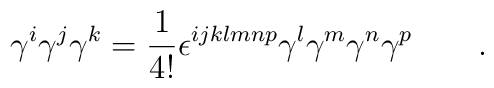
\gamma ^{i}\gamma ^{j}\gamma ^{k}=\frac{1}{4!}\epsilon ^{ijklmnp}\gamma^{l}\gamma ^{m}\gamma ^{n}\gamma ^{p}\qquad .